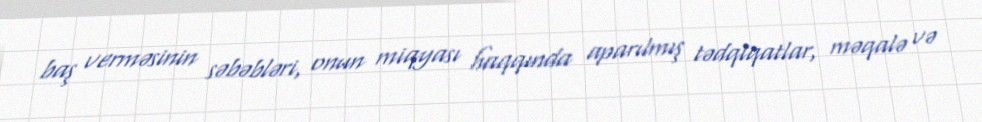
baş verməsinin səbəbləri, onun miqyası haqqında aparılmış tədqiqatlar, məqalə və